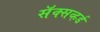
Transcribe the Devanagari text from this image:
सॅक्सव्हर्ड